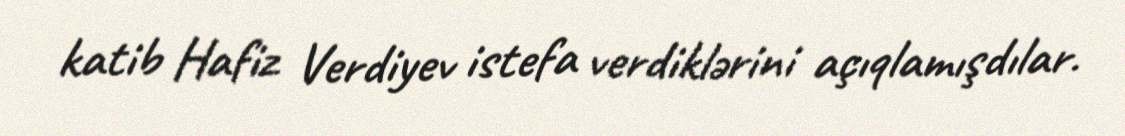
katib Hafiz Verdiyev istefa verdiklərini açıqlamışdılar.